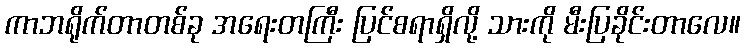
ကာဘရိုက်တာတစ်ခု အရေးတကြီး ပြင်စရာရှိလို့ သားကို မီးပြခိုင်းတာလေ။